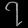
Digit: ၇